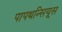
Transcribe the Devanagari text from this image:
पापथन्सियूस